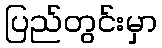
ပြည်တွင်းမှာ